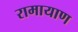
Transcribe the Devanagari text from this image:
रामायाण